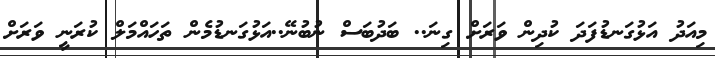
މިއަދު އަޅުގަނޑުފަދަ ކުދިން ވަރަށް ގިނަ.. ބަދުބަސް ނުބުނޭ..އަޅުގަނޑުމެން ތަހައްމަލް ކުރަނީ ވަރަށް